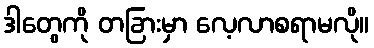
ဒါတွေကို တခြားမှာ လေ့လာစရာမလို။